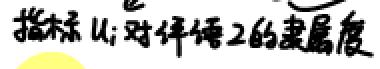
指标 $u_{i}$ 对评语 2 的隶属度